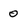
Character: 0